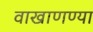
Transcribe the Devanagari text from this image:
वाखाणण्या